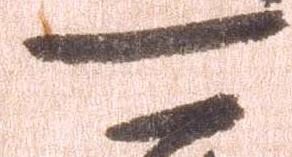
可